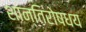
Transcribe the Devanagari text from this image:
शान्तिरोषधय